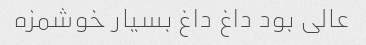
عالی بود داغ داغ بسیار خوشمزه